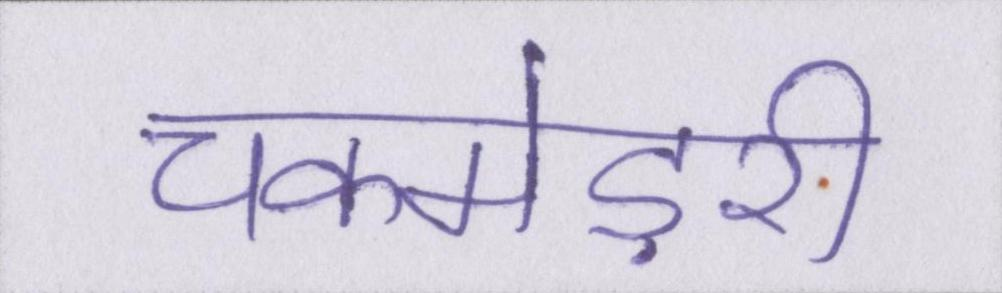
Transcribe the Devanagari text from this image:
चकमेड़री